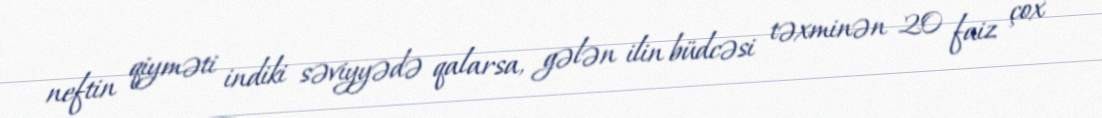
neftin qiyməti indiki səviyyədə qalarsa, gələn ilin büdcəsi təxminən 20 faiz çox